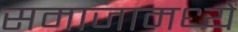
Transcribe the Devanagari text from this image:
समाजामध्यें